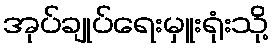
အုပ်ချုပ်ရေးမှူးရုံးသို့